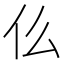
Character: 仫